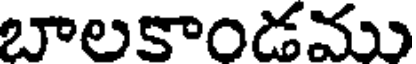
బాలకాండము